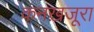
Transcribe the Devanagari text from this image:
कनखजूरा